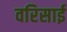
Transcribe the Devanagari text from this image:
वरिसाई